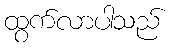
ထွက်လာပါသည်